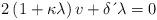
LaTeX: \begin{align*}2\left( 1+\kappa \lambda \right) v+\delta \,\acute{}\, \lambda=0 \end{align*}